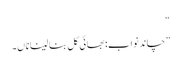
“
”چاند نواب: بھائی کل بنا لینا ناں۔